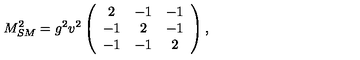
M _ { S M } ^ { 2 } = g ^ { 2 } v ^ { 2 } \left( \begin{array} { c c c } { 2 } & { - 1 } & { - 1 } \\ { - 1 } & { 2 } & { - 1 } \\ { - 1 } & { - 1 } & { 2 } \\ \end{array} \right) , \,